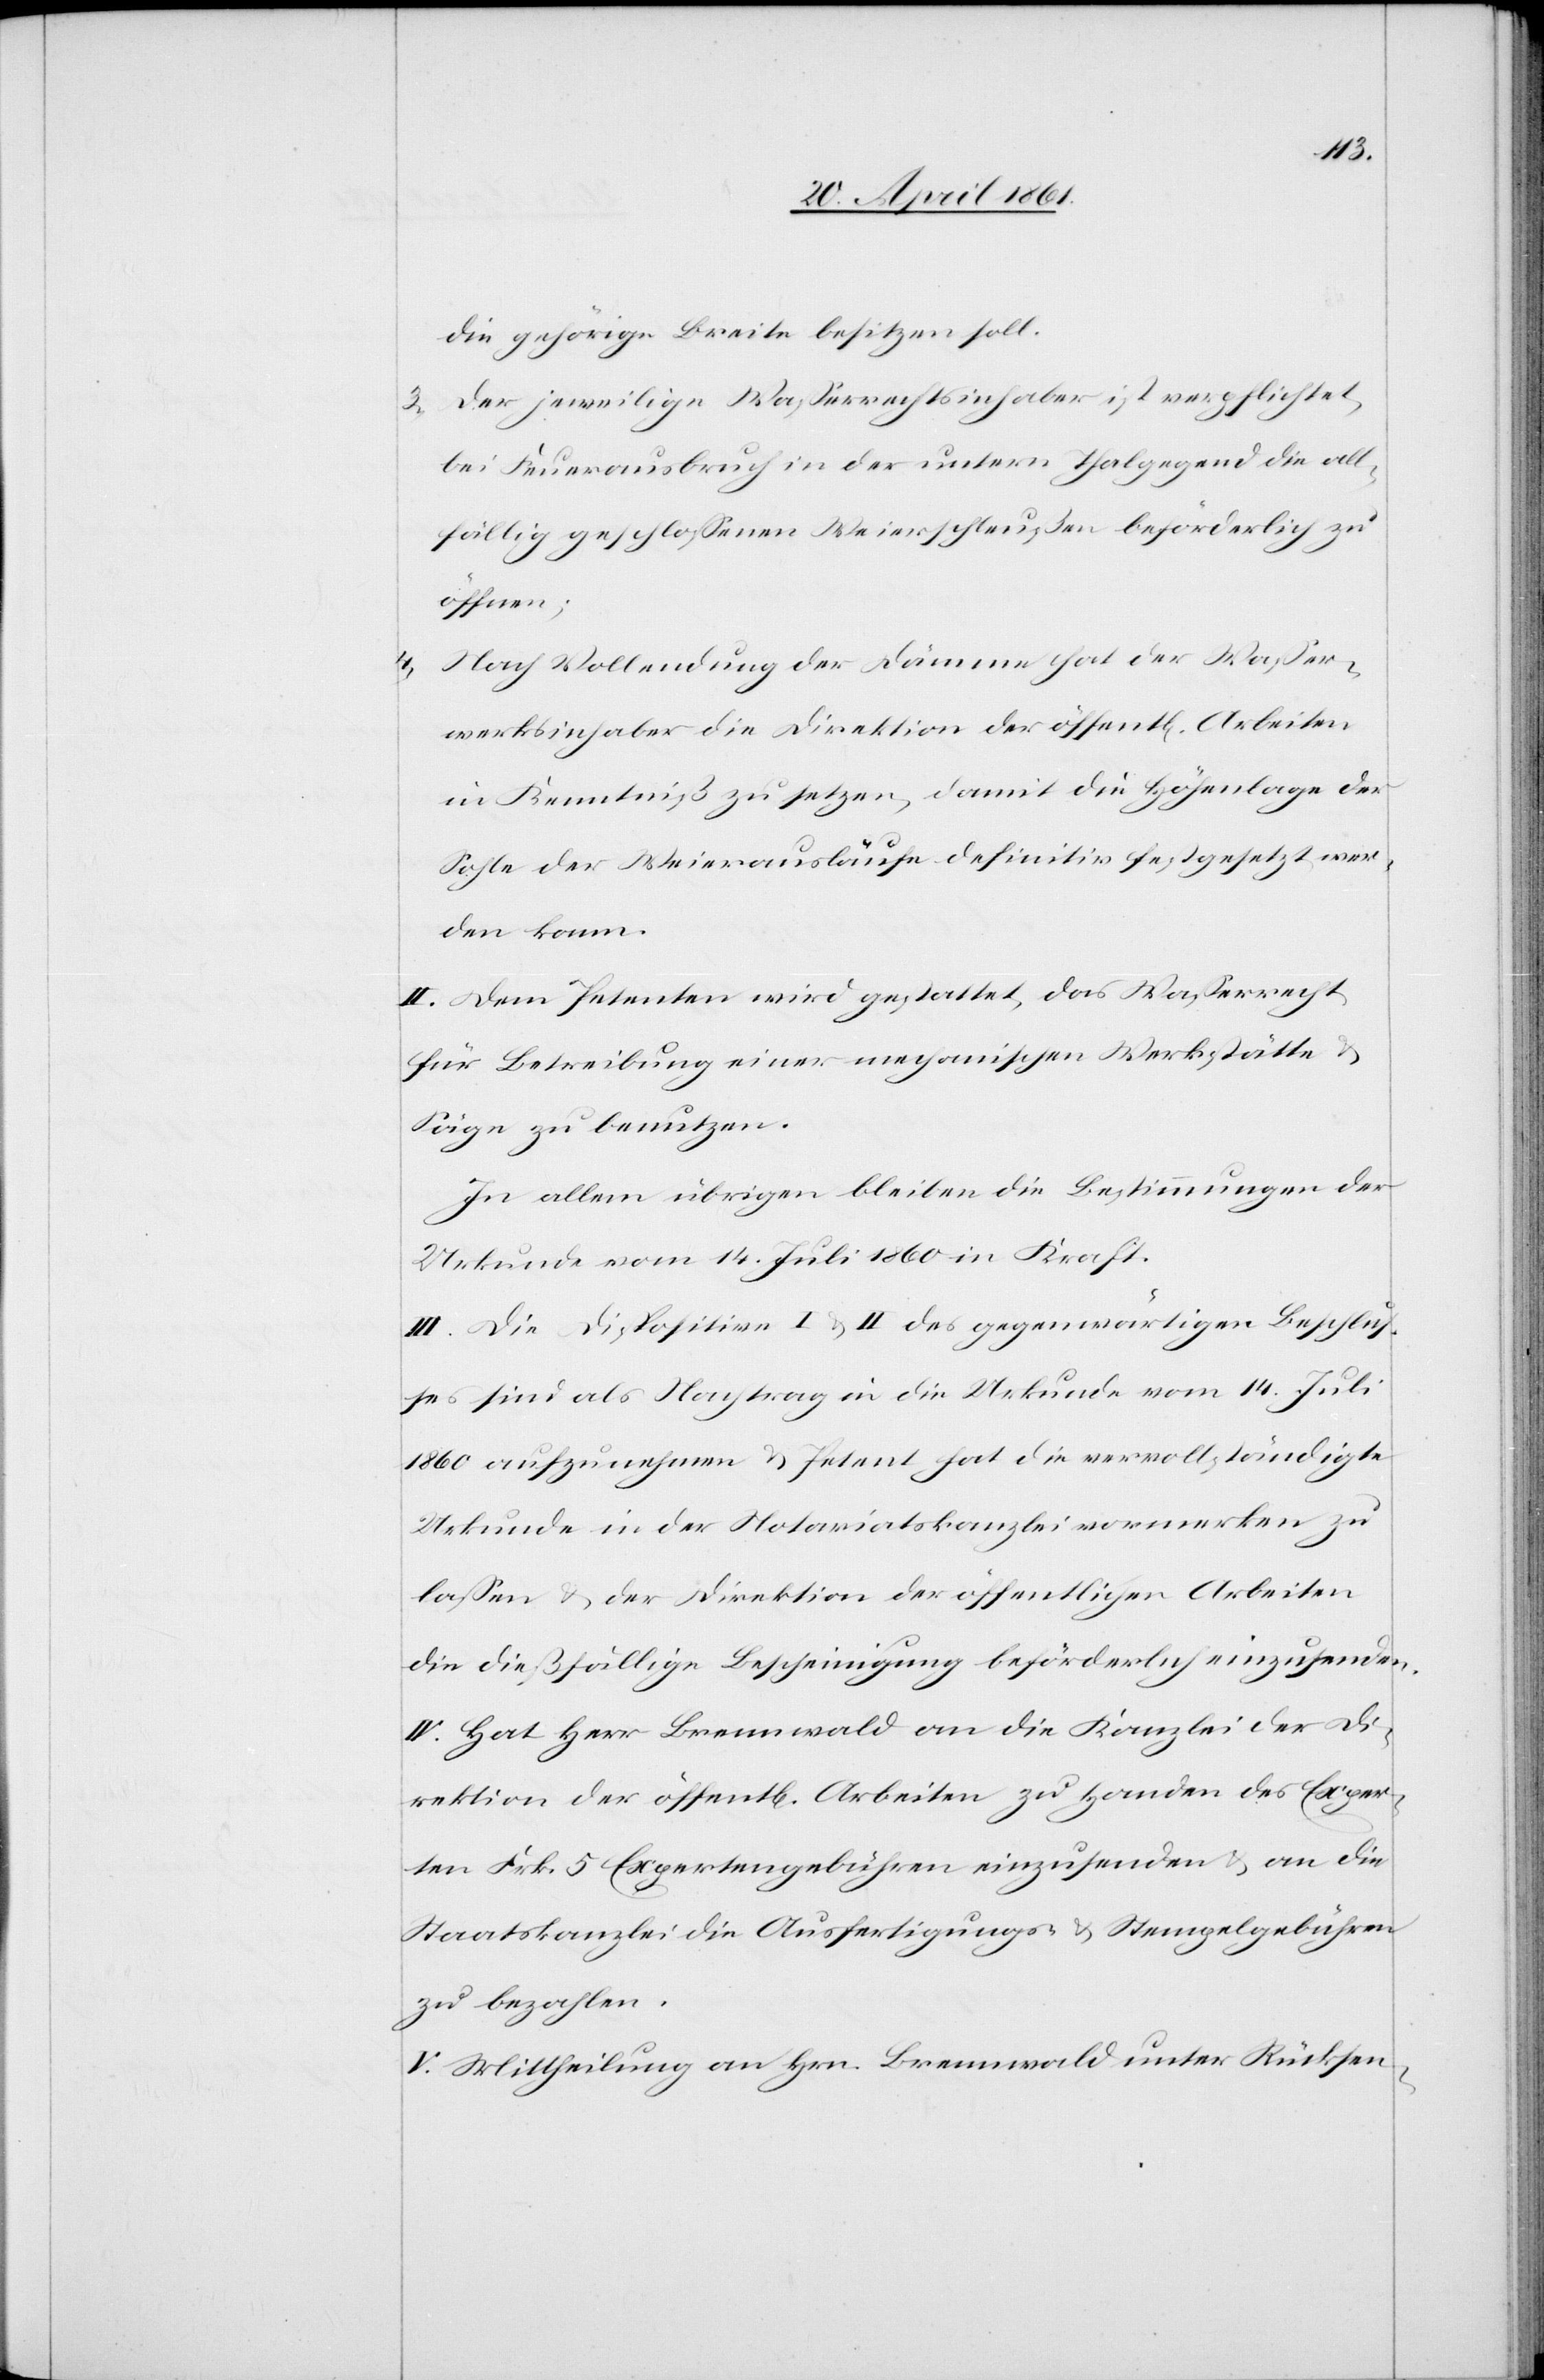
4.

die gehörige Breite besitzen soll.
3. Der jeweilige Wasserrechtsinhaber ist verpflichtet,
bei Feuerausbruch in der untern Thalgegend die all¬
fällig geschlossenen Weierschleußen beförderlich zu
öffnen;
Nach Vollendung der Dämme hat der Wasser¬
werksinhaber die Direktion der öffentl. Arbeiten
in Kenntniß zu setzen, damit die Höhenlage der
Sohle der Weierausläufe definitiv festgesetzt wer¬
den kann.
II. Dem Petenten wird gestattet, das Wasserrecht
für Betreibung einer mechanischen Werkstätte u.
Säge zu benutzen.
In allem übrigen bleiben die Bestimmungen der
Urkunde vom 14. Juli 1860 in Kraft.
III. Die Dispositive I u. II des gegenwärtigen Beschlus¬
ses sind als Nachtrag in die Urkunde vom 14. Juli
1860 aufzunehmen u. Petent hat die vervollständigte
Urkunde in der Notariatskanzlei vormerken zu
lassen u. der Direktion der öffentlichen Arbeiten
die dießfällige Bescheinigung beförderlich einzusenden.
IV. Hat Herr Brennwald an die Kanzlei der Di¬
rektion der öffentl. Arbeiten zu Handen des Exper¬
ten Frk. 5 Expertengebühren einzusenden u. an die
Staatskanzlei die Ausfertigungs- u. Stempelgebühren
zu bezahlen.
V. Mittheilung an Hrn. Brennwald unter Rücksen-